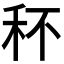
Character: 𥝣